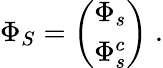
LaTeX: \begin{array}{r}{\Phi_{S}=\left(\begin{array}{c}{\Phi_{s}}\\ {\Phi_{s}^{c}}\end{array}\right)\; .}\end{array}